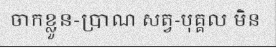
ចាកខ្លួន-ប្រាណ សត្វ-បុគ្គល មិន